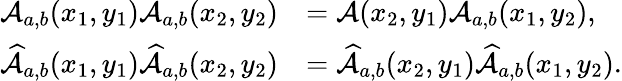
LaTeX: \begin{array}{rl}{\mathcal{A}_{a,b}(x_{1},y_{1})\mathcal{A}_{a,b}(x_{2},y_{2})}&{=\mathcal{A}(x_{2},y_{1})\mathcal{A}_{a,b}(x_{1},y_{2}),}\\ {\widehat{\mathcal{A}}_{a,b}(x_{1},y_{1})\widehat{\mathcal{A}}_{a,b}(x_{2},y_{2})}&{=\widehat{\mathcal{A}}_{a,b}(x_{2},y_{1})\widehat{\mathcal{A}}_{a,b}(x_{1},y_{2}).}\end{array}